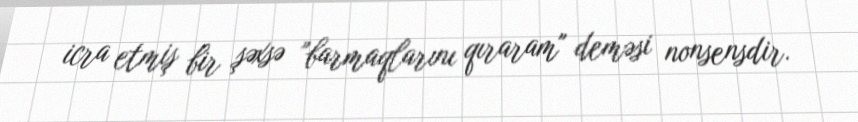
icra etmiş bir şəxsə ”barmaqlarını qıraram" deməsi nonsensdir.